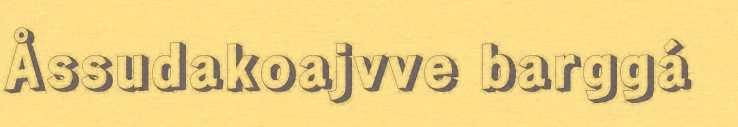
Åssudakoajvve barggá